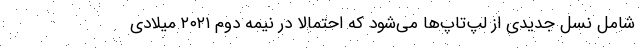
شامل نسل جدیدی از لپ‌تاپ‌ها می‌شود که احتمالاً در نیمه دوم ۲۰۲۱ میلادی